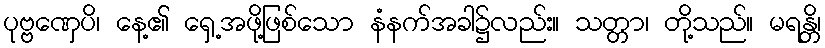
ပုဗ္ဗဏှေပိ၊ နေ့၏ ရှေ့အဖို့ဖြစ်သော နံနက်အခါ၌လည်း။ သတ္တာ၊ တို့သည်။ မရန္တိ၊